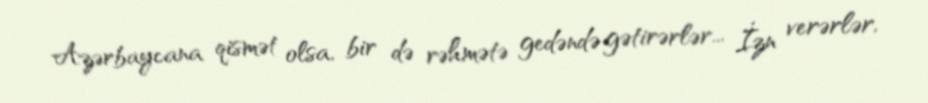
Azərbaycana qismət olsa, bir də rəhmətə gedəndə gətirərlər... İzn verərlər,